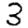
Digit: 3